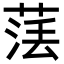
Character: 𦴵